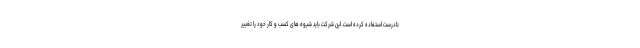
نادرست استفاده کرده است. این شرکت باید شیوه های کسب و کار خود را تغییر